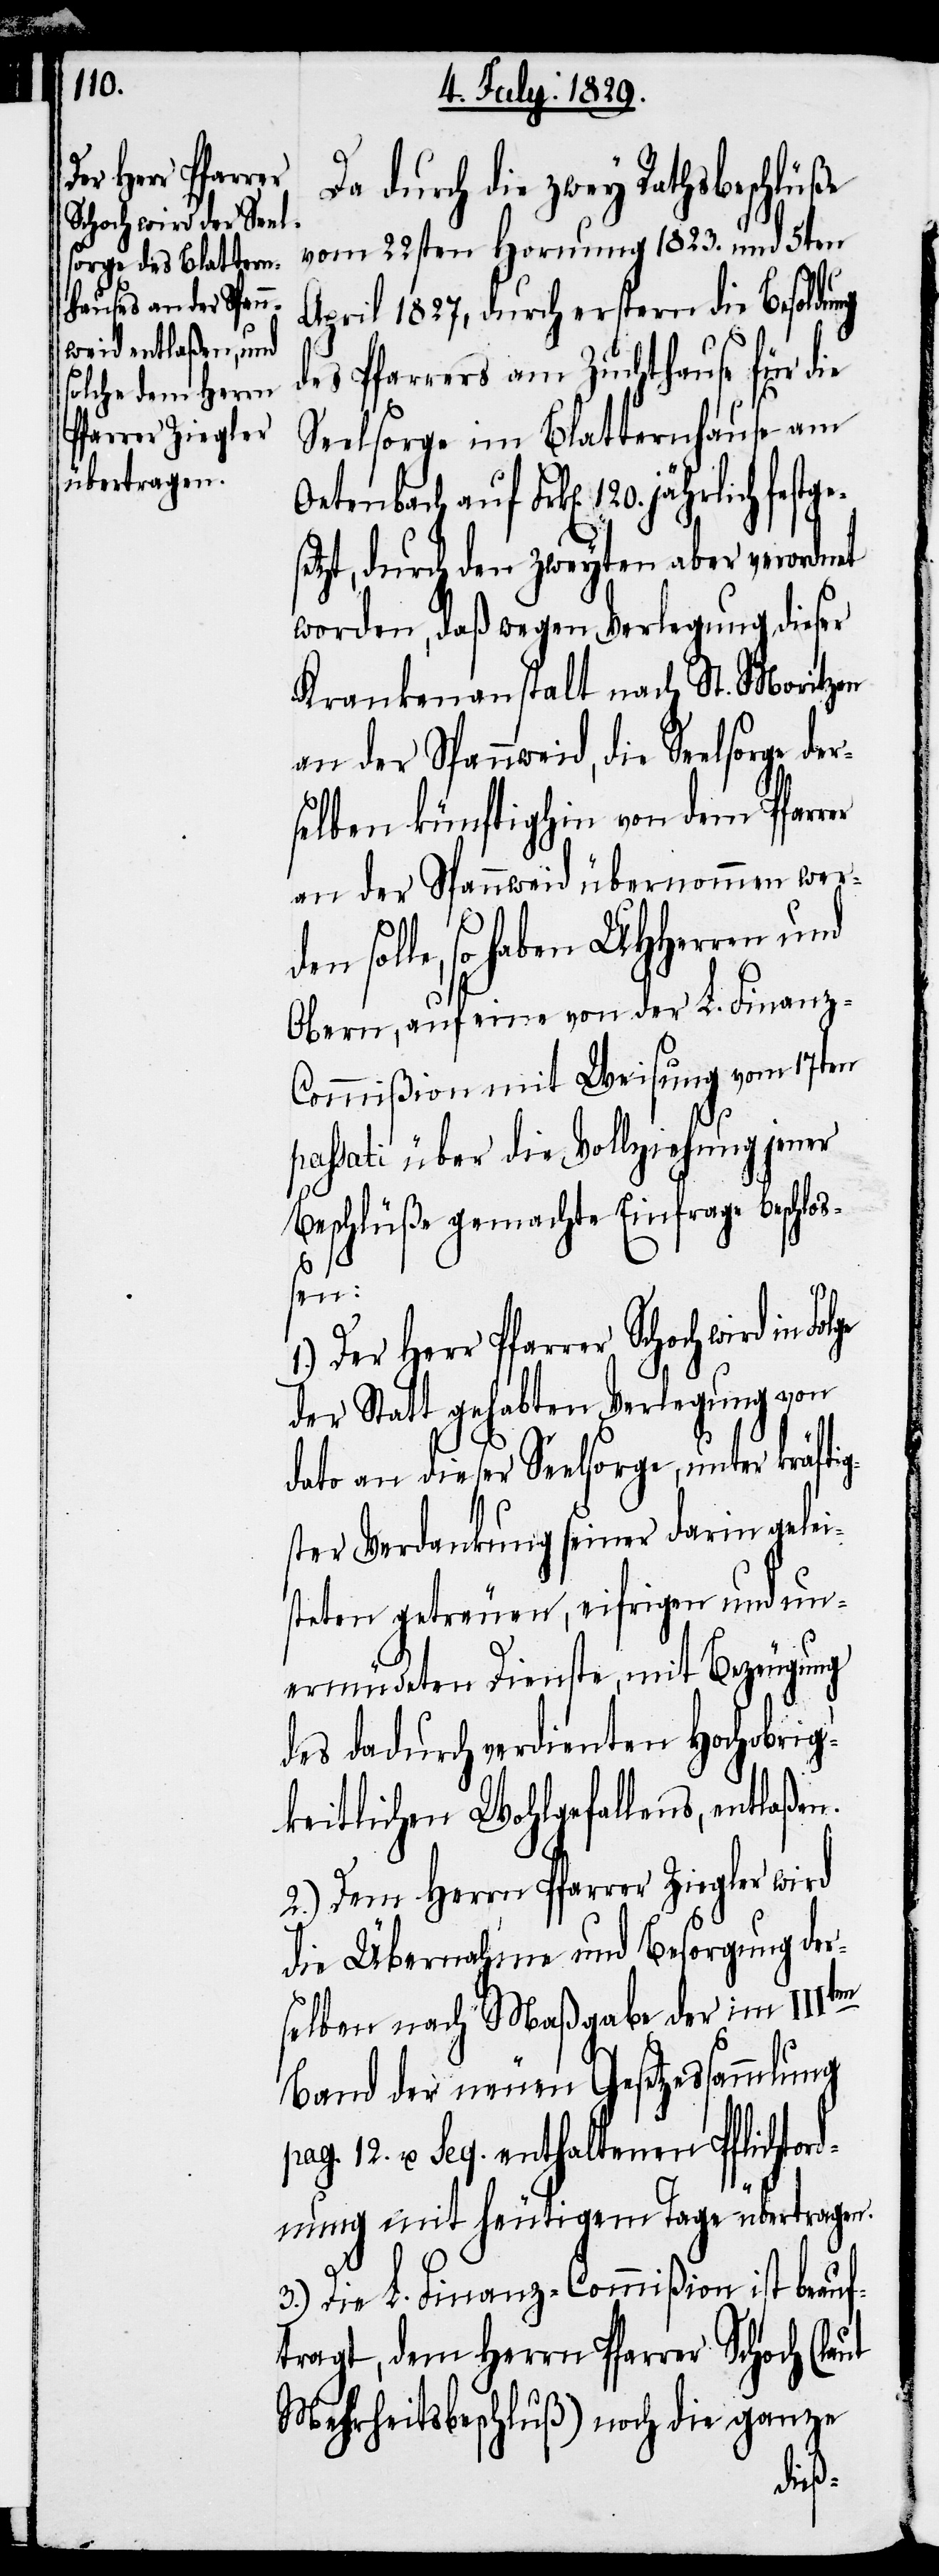
Der Herr Pfarrer
Schoch wird in Folge

Da durch die zwey Rathsbeschlüße
vom 22sten Hornung 1823. und 5ten
April 1827, durch erstern die Besoldu¬
des Pfarrers am Zuchthause für die
Seelsorge im Blatternhause am
Frk[en]. 120. jährlich fest¬
setzt, durch den zweyten aber verordnet
worden, daß wegen Verlegung dieser
Krankenanstalt nach St. Moritzen
an der Spannweid, die Seelsorge
selben künftighin von dem Pfarr¬
an der Spannweid übernommen wer¬
solle, so haben UHHerren und
Obern, auf eine von der L. Finanz-C¬
ommißion mit Weisung vom 17ten
passati über die Vollziehung jener
Beschlüße gemachte Einfrage beschlo¬
ßen:
der Statt gehabten Verlegung von
dato an dieser Seelsorge, unter kräftig¬
ster Verdankung seiner darin gelei¬
steten getreuen, eifrigen und un¬
ermüdeten Dienste, mit Bezeugung
des dadurch verdienten Hochobrig¬
keitlichen Wohlgefallens, entlaßen.
2.) Dem Herrn Pfarrer Ziegler wird
die Übernahme und Besorgung der¬
selben nach Maßgabe der im IIIten
Band der neuen Gesetzessammlung
pag. 12. u. seq. enthaltenen Pflichtor¬
dnung mit heutigem Tage übertragen.
er
3.) Die L. Finanz-Commißion ist beauf¬
tragt, dem Herrn Pfarrer Schoch (laut
Mehrheitsbeschluß) noch die ganze
der¬